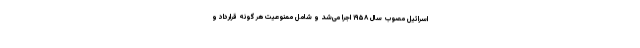
اسرائیل مصوب سال ۱۹۵۸ اجرا می‌شد و شامل ممنوعیت هر گونه قرارداد و